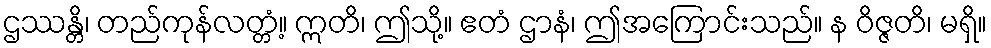
ဌဿန္တိ၊ တည်ကုန်လတ္တံ့။ ဣတိ၊ ဤသို့။ ဧတံ ဌာနံ၊ ဤအကြောင်းသည်။ န ဝိဇ္ဇတိ၊ မရှိ။